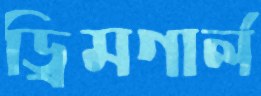
ড্রিমগার্ল